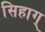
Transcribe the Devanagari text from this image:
सिहाग्